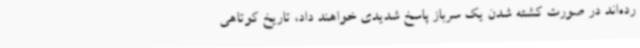
رده‌اند در صورت کشته شدن یک سرباز پاسخ شدیدی خواهند داد، تاریخ کوتاهی